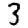
Digit: 3